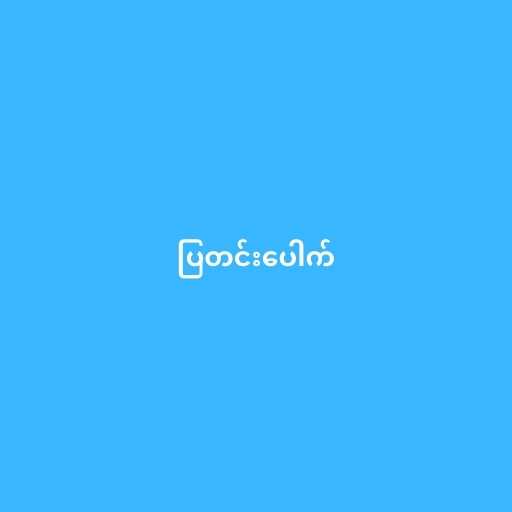
ပြတင်းပေါက်